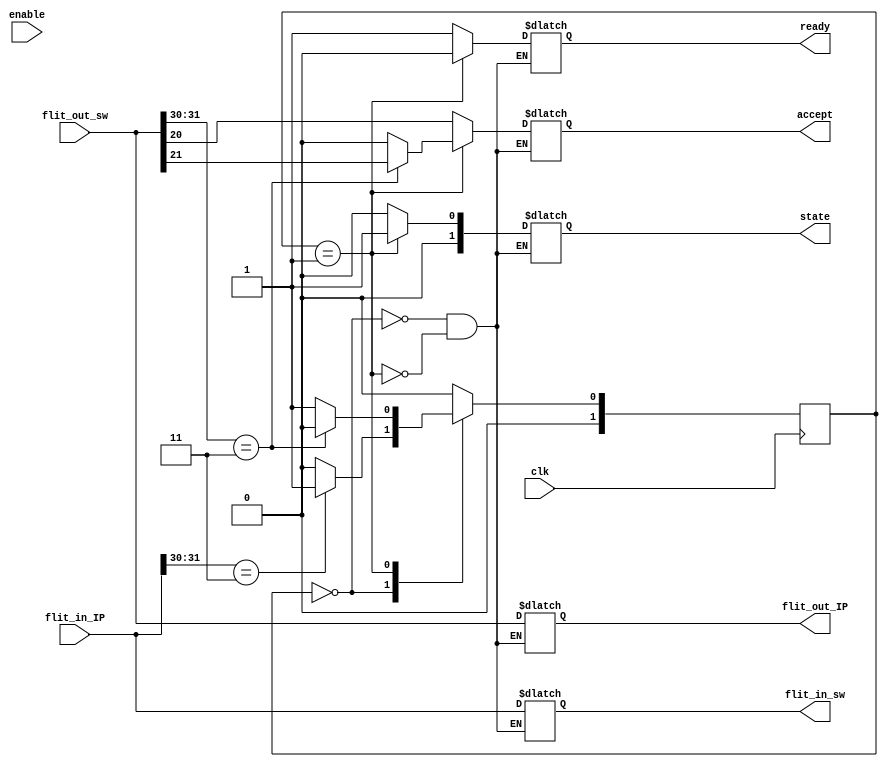
module FSM( flit_in_IP, enable,flit_in_sw, state, ready,accept,clk, flit_out_IP, flit_out_sw);
input clk, enable;
input [31:0] flit_in_IP, flit_out_sw;
output reg [1:0] state;
output reg ready,accept;
output reg [31:0] flit_out_IP, flit_in_sw;
parameter S0=2'd0,
          S1= 2'd1,
          S2=2'd2,
          S3=2'd3; 
reg [1:0] current, next;
always @(posedge clk) begin
    current <= next;
end

always @(flit_in_IP or flit_out_sw or enable) begin
    case(current)
    
    //wait state
    S0: begin
        ready = 1'b1;
        accept = flit_out_sw[20];
        state= 2'd0;
        flit_out_IP = flit_out_sw;
        flit_in_sw = flit_in_IP;
        
       if(flit_in_IP[31:30] == 2'b11) //handshake
            next=S1;
        else 
            next=S0;    
    end
    
    //sending state
    S1: begin
        ready = 1'd0;
        state=2'd1;   
        accept = 0;       
        flit_out_IP = flit_out_sw;
        flit_in_sw = 32'dx;
        if(flit_out_sw[31:30] ==2'b11) begin
            next=S0;
            accept=flit_out_sw[21];
        end    
        else 
            next=S1;
    end 
    default: next=S0;
    endcase 
end 
endmodule